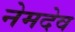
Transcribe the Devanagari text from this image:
नेमदेव